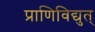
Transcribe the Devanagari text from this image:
प्राणिविद्युत्